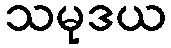
သမုဒယ